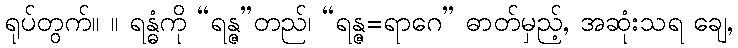
ရုပ်တွက်။ ။ ရန္ဓံကို “ရန္ဇ”တည်၊ “ရန္ဇ=ရာဂေ” ဓာတ်မှည့်, အဆုံးသရ ချေ,